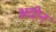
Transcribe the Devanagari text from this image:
अदोन